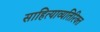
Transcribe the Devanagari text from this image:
साहित्याव्यतिरिक्त